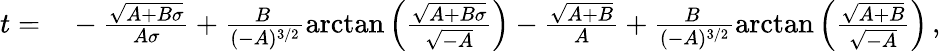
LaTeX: \begin{array}{rl}{t=}&{{}-\frac{\sqrt{A+B\sigma}}{A\sigma}+\frac{B\, }{(-A)^{3/2}}\mathrm{arctan}\left(\frac{\sqrt{A+B\sigma}}{\sqrt{-A}}\right)-\frac{\sqrt{A+B}}{A}+\frac{B\, }{(-A)^{3/2}}\mathrm{arctan}\left(\frac{\sqrt{A+B}}{\sqrt{-A}}\right)\, ,}\end{array}